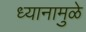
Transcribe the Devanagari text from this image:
ध्यानामुळे